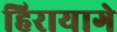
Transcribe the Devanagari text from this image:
हिरायागे